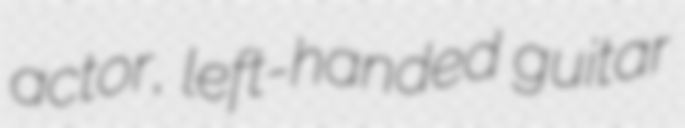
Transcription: actor, left-handed guitar